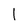
Character: l